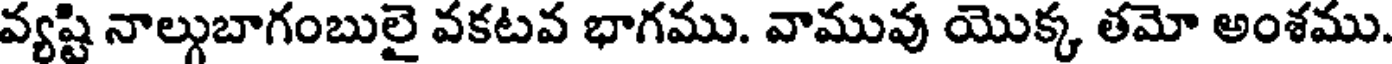
వ్యష్టి నాల్గుబాగంబులై వకటవ భాగము. వామువు యొక్క తమో అంశము.